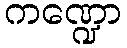
ကဏ္ဍော